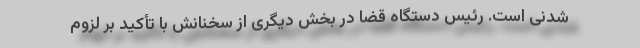
شدنی است. رئیس دستگاه قضا در بخش دیگری از سخنانش با تأکید بر لزوم